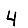
Digit: 4